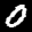
Label: 0